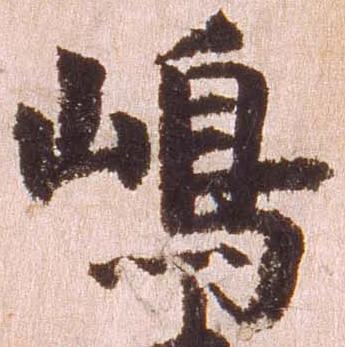
島